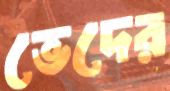
ভেদের